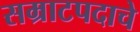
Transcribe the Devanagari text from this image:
सम्राटपदाचे